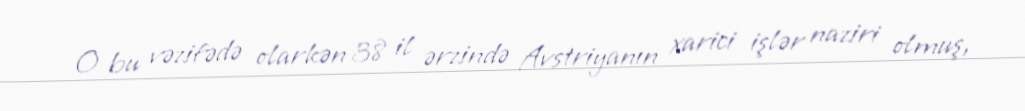
O bu vəzifədə olarkən 38 il ərzində Avstriyanın xarici işlər naziri olmuş,